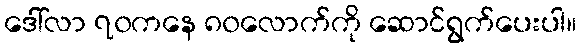
ဒေါ်လာ ၇၀ကနေ ၈၀လောက်ကို ဆောင်ရွက်ပေးပါ။